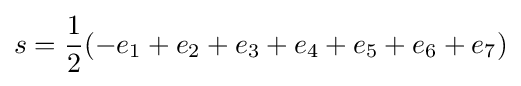
s={\frac {1}{2}}(-e_{1}+e_{2}+e_{3}+e_{4}+e_{5}+e_{6}+e_{7})